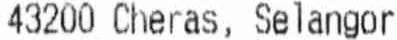
43200 CHERAS, SELANGOR